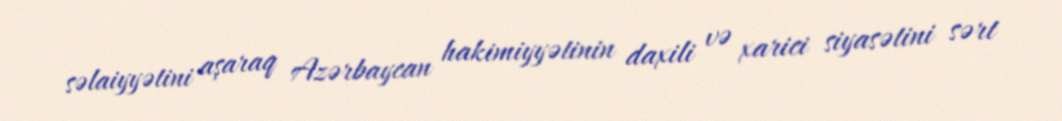
səlaiyyətini aşaraq Azərbaycan hakimiyyətinin daxili və xarici siyasətini sərt